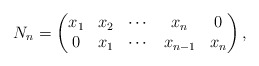
\begin{align*} N_n=\begin{pmatrix} x_1 & x_2 & \cdots & x_n & 0\\ 0 & x_1 & \cdots & x_{n-1} & x_n \end{pmatrix}, \end{align*}